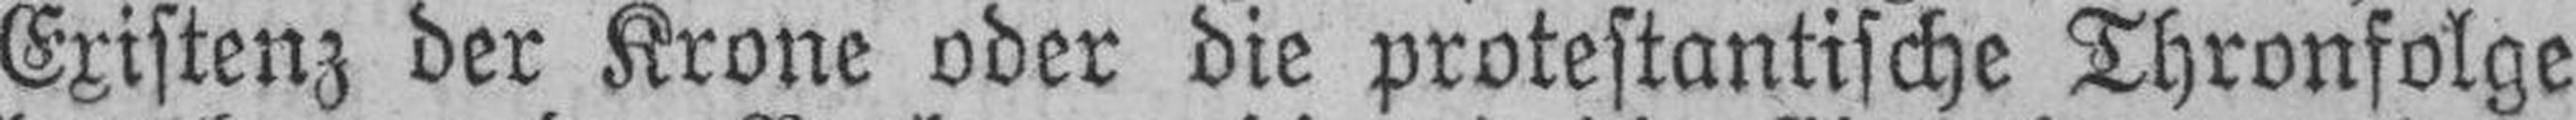
Existenz der Krone oder die protestantische Thronfolge